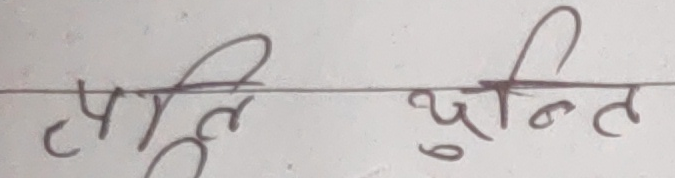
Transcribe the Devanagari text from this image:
त्युति युनिट